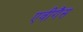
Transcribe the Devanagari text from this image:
एवीगैस